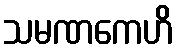
သမဏကေဟိ